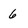
Character: 6